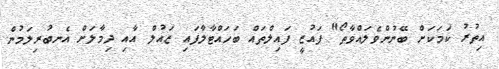
އިތުރު ކަމަކަށް ބޭނުންވެލައްވާތޯ" ފައުޒީ ފައިލްތައް ބަހައްޓާލާފައި ޒައުލް އާއި ދިމާލަށް އެނބުރިލަމުން